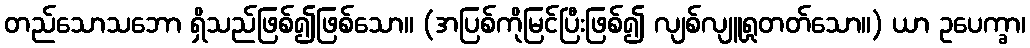
တည်သောသဘော ရှိသည်ဖြစ်၍ဖြစ်သော။ (အပြစ်ကိုမြင်ပြီးဖြစ်၍ လျစ်လျူရှုတတ်သော။) ယာ ဥပေက္ခာ၊